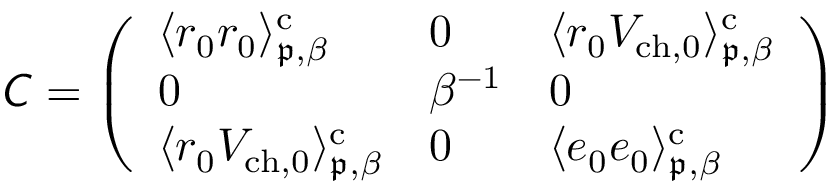
\mathsfit { C } = \left( \begin{array} { l l l } { \langle r _ { 0 } r _ { 0 } \rangle _ { \mathfrak { p } , \beta } ^ { \mathrm { c } } } & { 0 } & { \langle r _ { 0 } V _ { \mathrm { c h , 0 } } \rangle _ { \mathfrak { p } , \beta } ^ { \mathrm { c } } } \\ { 0 } & { \beta ^ { - 1 } } & { 0 } \\ { \langle r _ { 0 } V _ { \mathrm { c h , 0 } } \rangle _ { \mathfrak { p } , \beta } ^ { \mathrm { c } } } & { 0 } & { \langle e _ { 0 } e _ { 0 } \rangle _ { \mathfrak { p } , \beta } ^ { \mathrm { c } } } \end{array} \right)